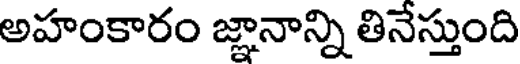
అహంకారం జ్ఞానాన్ని తినేస్తుంది